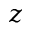
z